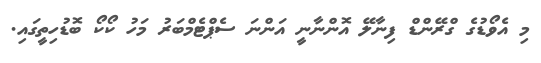
މި އެވޯޑުގެ ގްރޭންޑް ފިނާލޭ އޮންނާނީ އަންނަ ސެޕްޓެމްބަރު މަހު ކޯކޯ ބޮޑުހިތީގައި.